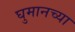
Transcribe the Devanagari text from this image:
घुमानच्या